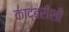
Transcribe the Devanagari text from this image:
कादंबरीशी